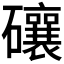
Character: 𥗝